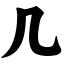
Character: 几